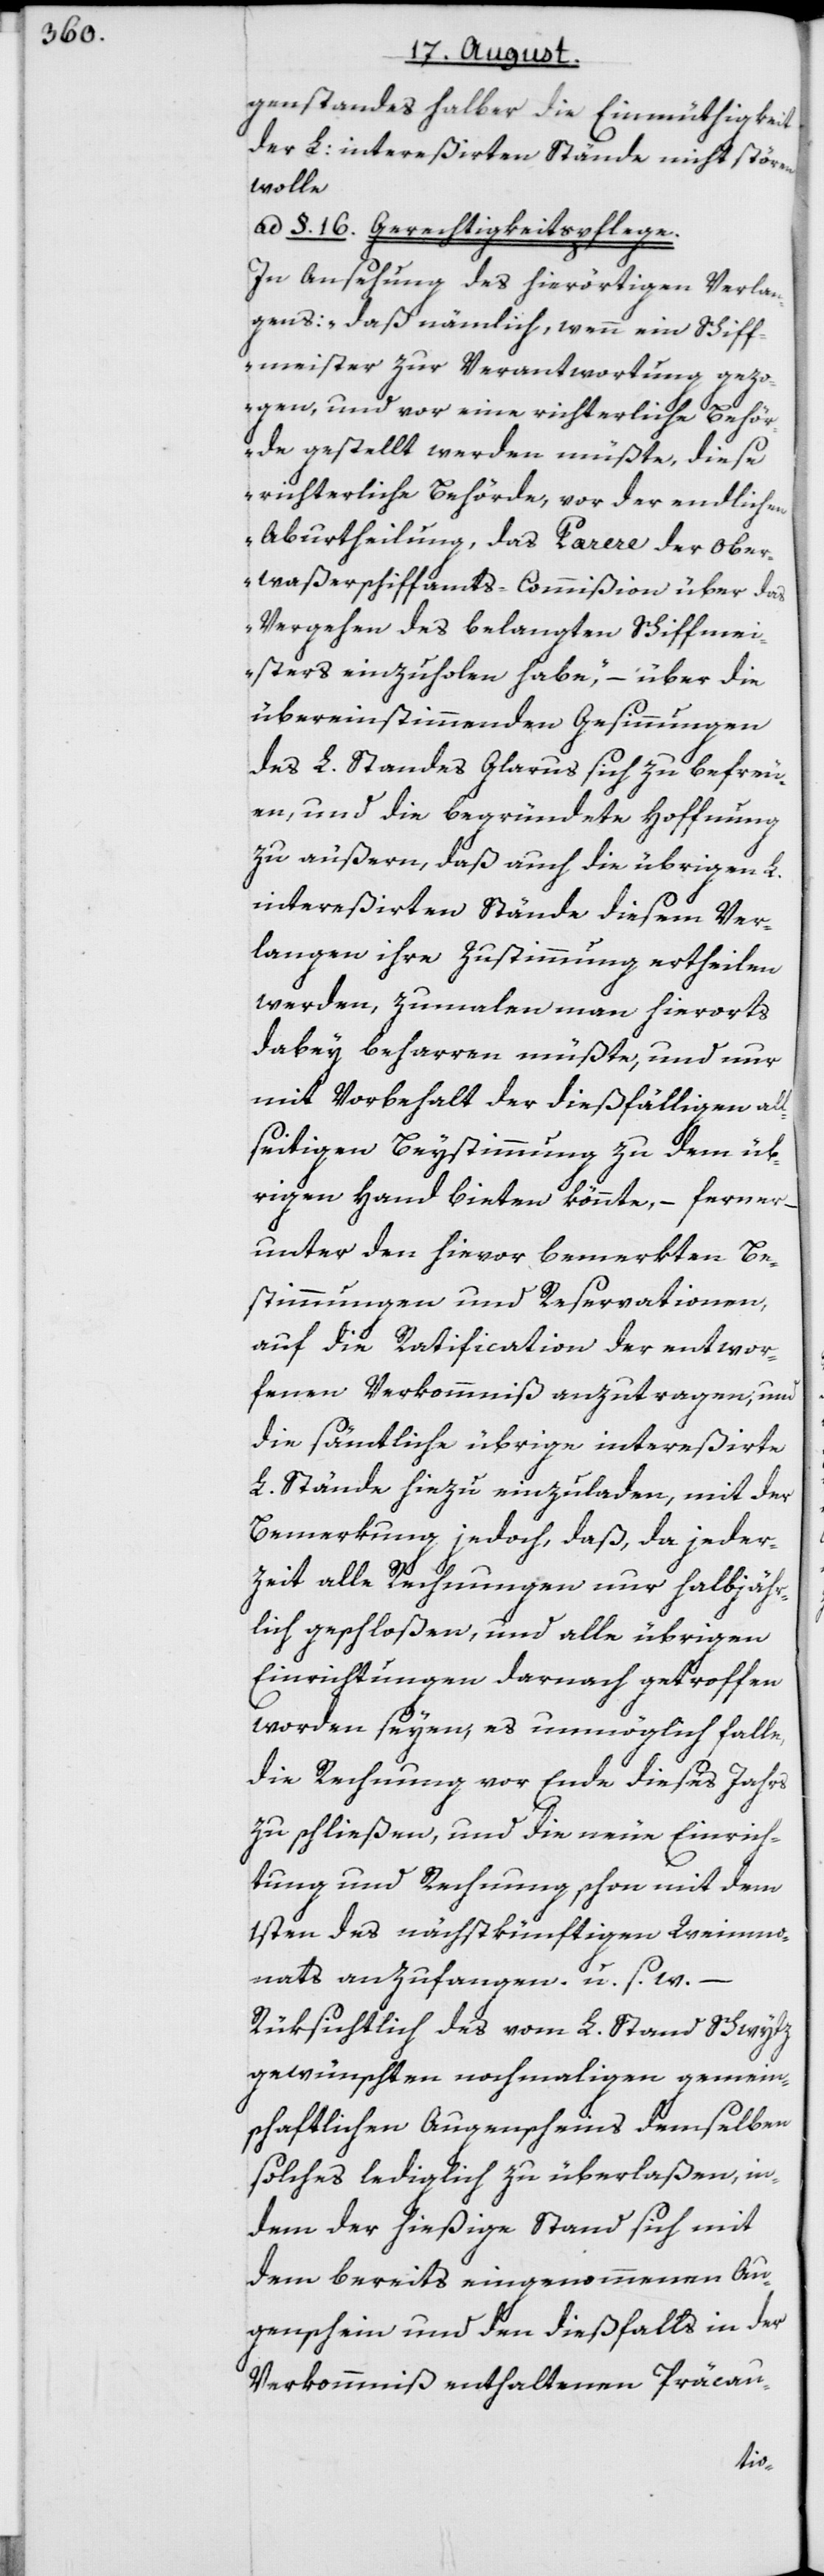
genstandes halber die Einmüthigkeit
der L: intereßirten Stände nicht stören
wolle
ad §. 16. Gerechtigkeitspflege.
In Ansehung des hierörtigen Verlan¬
gens: „daß nämlich, wenn ein Schiff¬
meister zur Verantwortung gezo¬
gen, und vor eine richterliche Behö¬
rde gestellt werden müßte, diese
richterliche Behörde, vor der endlichen
Aburtheilung, das Parere der Ober¬
waßerschiffamts-Commißion über das
Vergehen des belangten Schiffme¬
isters einzuholen habe,“ – über die
übereinstimmenden Gesinnungen
des L. Standes Glarus sich zu befreu¬
en, und die begründete Hoffnung
zu äußern, daß auch die übrigen L.
intereßirten Stände diesem Ver¬
langen ihre Zustimmung ertheilen
werden, zumalen man hierorts
dabey beharren müßte, und nur
mit Vorbehalt der dießfälligen all¬
seitigen Beystimmung zu dem üb¬
rigen Hand bieten könnte, – ferner
unter den hievor bemerkten Be¬
stimmungen und Reservationen,
auf die Ratification der entwor¬
fenen Verkommniß anzutragen, und
die sämtliche übrige intereßirte
L. Stände hiezu einzuladen, mit der
Bemerkung jedoch, daß, da jeder¬
zeit alle Rechnungen nur halbjähr¬
lich geschloßen, und alle übrigen
Einrichtungen darnach getroffen
worden seyen, es unmöglich falle,
die Rechnung vor Ende dieses Jahrs
zu schließen, und die neue Einrich¬
tung und Rechnung schon mit dem
1sten des nächstkünftigen Weinmo¬
nats anzufangen. u. s. w.
Rüksichtlich des vom L. Stand Schwytz
gewünschten nochmaligen gemein¬
schaftlichen Augenscheins demselben
solches lediglich zu überlaßen, in¬
dem der hießige Stand sich mit
dem bereits eingenommenen Au¬
genschein und den dießfalls in der
Verkommniß enthaltenen Präcau-